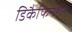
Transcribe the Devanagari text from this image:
डिकैफिनेशन